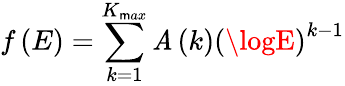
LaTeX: f\left(E\right)=\sum_{k=1}^{K_{\mathsf{m}ax}}\mathit{A}\left(k\right)\left(\logE\right)^{k-1}